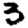
Digit: 3